Report on vaccination in Madras 1922-1929 - 1922-1929
Year: 1922
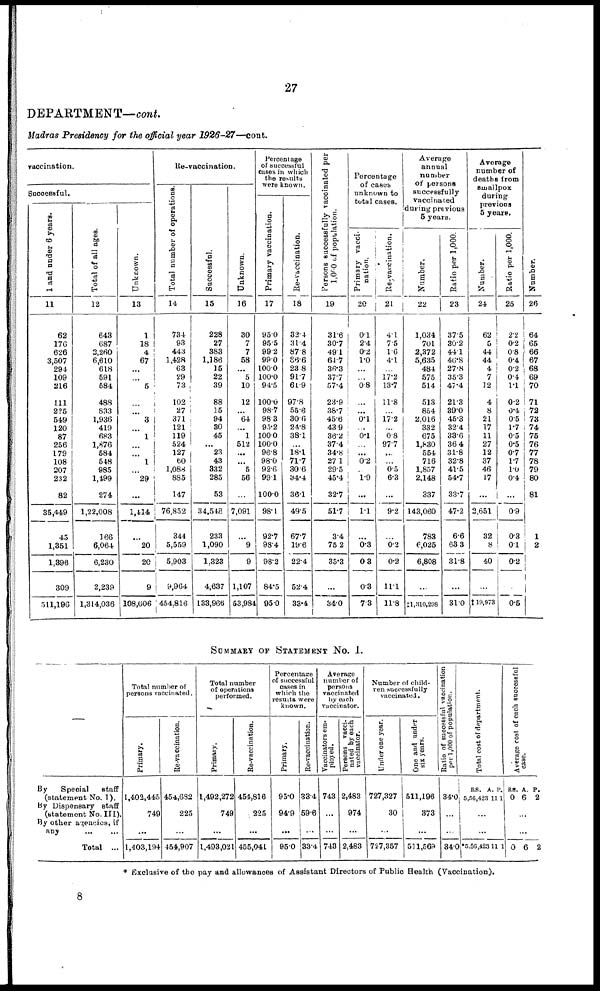
27
DEPARTMENT—cont.
Madras Presidency for the official year
1926-27—cont.
vaccination.
Successful.
1 and under 6 years.
11
62
176
626
3,507
294
109
216
111
225
519
120
87
256
179
108
207
232
82
35,449
45
1,351
1,396
309
511,196
Total of all ages.
12
643
687
2,260
6,610
618
691
684
488
833
1,936
419
683
1,876
584
548
985
1,499
274
1,22,008
166
6,064
6,230
2,239
1,314,036
Unknown.
13
1
18
4
67
...
...
5
...
...
3
...
1
...
...
1
...
29
...
1,414
...
20
20
9
108,606
Re-vaccination.
Total number of operations.
14
734
93
443
1,428
63
29
73
102
27
371
121
119
524
127
60
1,088
885
147
76,852
344
5,559
5,903
9,964
454,816
Successful.
15
228
27
383
1,186
15
22
39
88
15
94
30
45
...
23
43
332
285
53
34,548
233
1,090
1,323
4,637
133,966
Unknown.
16
30
7
7
58
...
5
10
12
...
64
...
1
512
...
...
5
56
...
7,091
...
9
9
1,107
53,984
Percentage
of successful
cases in which
the results
were known.
Primary vaccination.
17
95.0
95.5
99.2
99.0
100.0
100.0
94.5
100.0
98.7
98.3
95.2
100.0
100.0
96.8
98.0
92.6
99.1
100.0
98.1
92.7
98.4
98.2
84.5
95.0
Re-vaccination.
18
32.4
31.4
87.8
86.6
23.8
91.7
61.9
97.8
55.6
30.6
24.8
38.1
...
18.1
71.7
30.6
34.4
36.1
495
67.7
19.6
22.4
52.4
33.4
Persons successfully vaccinated per
l,000 of population.
19
31.6
30.7
49.1
64.7
36.3
37.7
57.4
23.9
38.7
45.6
43.9
36.2
37.4
34.8
27.1
29.5
45.4
32.7
51.7
3.4
75.2
35.3
...
34.0
Percentage
of cases
unknown to
total cases.
Primary vacci-
nation.
20
0.1
2.4
0.2
1.0
...
...
0.8
...
...
0.1
...
0.1
...
...
0.2
...
1.9
...
1.1
...
0.3
0.3
0.3
7.3
Re-vaccination.
21
4.1
7.5
1.6
4.1
...
17.2
13.7
11.8
...
17.2
...
0.8
97.7
...
...
0.5
6.3
...
9.2
...
0.2
0.2
11.1
11.8
Average
annual
number
of persons
successfully
vaccinated
during previous
5 years.
Number.
22
1,034
701
2,372
5,635
484
575
514
513
854
2,016
332
675
1,830
554
716
1,857
2,148
337
143,060
783
6,025
6,808
...
‡1,310,298
Ratio per 1,000.
23
37.5
30.2
44.1
46.8
27.8
35.3
47.4
21.3
39.0
45.3
324
33.6
36.4
31.8
32.8
41.5
54.7
33.7
47.2
6.6
63.3
31.8
...
31.0
Average
number of
deaths from
smallpox
during
previous
5 years.
Number.
24
62
5
44
44
4
7
12
4
8
21
17
11
27
12
37
46
17
...
2,651
32
8
40
...
‡19,973
Ratio per 1,000.
25
2.2
0.2
0.8
0.4
0.2
0.4
1.1
0.2
0.4
0.5
1.7
0.5
0.5
0.7
1.7
1.0
0.4
...
0.9
0.3
0.1
0.2
...
0.5
Number
26
64
65
66
67
68
69
70
71
72
73
74
75
76
77
78
79
80
81
...
1
2
...
...
SUMMARY OF STATEMENT No. I.
—
By Special staff
(statement No. I).
By Dispensary staff
(statement No. III).
By other agencies, if
any
...
...
Total ...
Total number of
persons vaccinated.
Primary.
1,402,445
749
...
1,403,194
Re-vaccination.
454,682
225
...
454,907
Total number
of operations
performed.
Primary.
1,492,272
749
...
1,403,021
Re-vaccinntion.
454,816
225
...
455,041
Percentage
of successful
cases in
which the
results were
known.
Primary.
95.0
94.9
...
950
Re-vaccination.
33.4
59.6
...
38.4
Average
number of
persons
vaccinated
by each
vaccinator.
Vaccinators em-
ployed.
743
...
...
743
Persons vacci-
nated by each
vaccinator.
2,483
974
...
2,483
Number of child-
ren successfully
vaccinated.
Under one year.
727,327
30
...
727,357
One and under
six years.
511,196
373
...
511,569
Ratio of successful vaccination
per 1,000 of population.
34.0
...
...
34.0
Total cost of department.
RS.
5,56,423
A.
11
P.
1
...
...
*5,56,423 11 1
Average cost of each success ful
case.
RS.
0
A.
6
P.
2
...
...
0 6 2
* Exclusive of the pay and allowances of Assistant Directors of Public- Health (Vaccination).
8